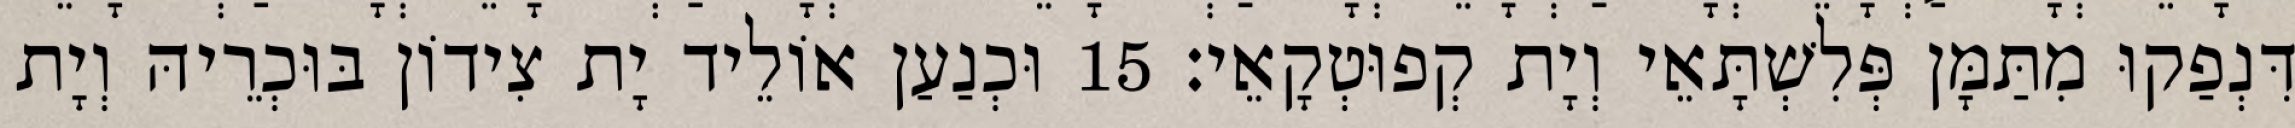
דִּנְפַקוּ מִתַּמָּן פְּלִשְׁתָּאֵי וְיָת קְפוּטְקָאֵי׃ 15 וּכְנַעַן אוֹלֵיד יָת צִידוֹן בּוּכְרֵיהּ וְיָת